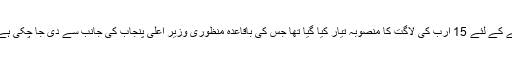
محکمہ بلدیات کی جانب سے صوبے کی 3281 دیہی یونین کونسلز میں صفائی کا موثر نظام تشکیل دینے کے لئے 15 ارب کی لاگت کا منصوبہ تیار کیا گیا تھا جس کی باقاعدہ منظوری وزیر اعلیٰ پنجاب کی جانب سے دی جا چکی ہے تاہم صفائی کے طریقہ کار کے حوالے سے متضاد آراء موجود ہیں جن پر حتمی فیصلہ نہیں کیا جا سکا۔